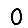
Digit: 0